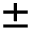
\pm